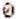
0